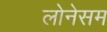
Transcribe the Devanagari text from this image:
लोनेसम